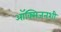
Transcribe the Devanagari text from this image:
ऑक्सिजनशी